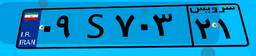
۶۹S۳۲۴۷۷